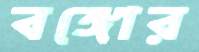
বঙ্গোর